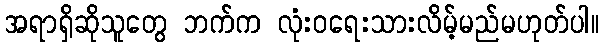
အရာရှိဆိုသူတွေ ဘက်က လုံးဝရေးသားလိမ့်မည်မဟုတ်ပါ။